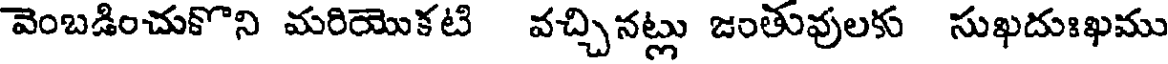
వెంబడించుకొని మరియొకటి వచ్చినట్లు జంతువులకు సుఖదుఃఖము